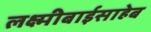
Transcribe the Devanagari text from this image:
लक्ष्मीबाईसाहेब